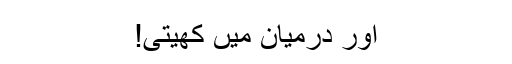
اور درمیان میں کھیتی!